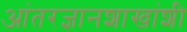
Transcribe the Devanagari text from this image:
आंतरज्ञानशाखांशी